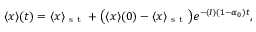
\langle x \rangle ( t ) = \langle x \rangle _ { \mathrm { ~ s ~ t ~ } } + \big ( \langle x \rangle ( 0 ) - \langle x \rangle _ { \mathrm { ~ s ~ t ~ } } \big ) e ^ { - \langle I \rangle ( 1 - \alpha _ { 0 } ) t } ,